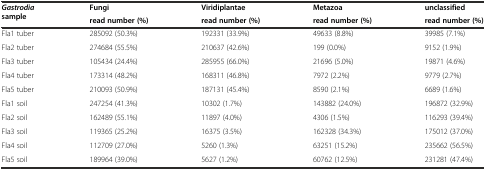
<table><thead><tr><td rowspan="2"><b><i>Gastrodia</i>sample</b></td><td><b>Fungi</b></td><td><b>Viridiplantae</b></td><td><b>Metazoa</b></td><td><b>unclassified</b></td></tr><tr><td><b>read number (%)</b></td><td><b>read number (%)</b></td><td><b>read number (%)</b></td><td><b>read number (%)</b></td></tr></thead><tbody><tr><td>Fla1 tuber</td><td>285092 (50.3%)</td><td>192331 (33.9%)</td><td>49633 (8.8%)</td><td>39985 (7.1%)</td></tr><tr><td>Fla2 tuber</td><td>274684 (55.5%)</td><td>210637 (42.6%)</td><td>199 (0.0%)</td><td>9152 (1.9%)</td></tr><tr><td>Fla3 tuber</td><td>105434 (24.4%)</td><td>285955 (66.0%)</td><td>21696 (5.0%)</td><td>19871 (4.6%)</td></tr><tr><td>Fla4 tuber</td><td>173314 (48.2%)</td><td>168311 (46.8%)</td><td>7972 (2.2%)</td><td>9779 (2.7%)</td></tr><tr><td>Fla5 tuber</td><td>210093 (50.9%)</td><td>187131 (45.4%)</td><td>8590 (2.1%)</td><td>6689 (1.6%)</td></tr><tr><td>Fla1 soil</td><td>247254 (41.3%)</td><td>10302 (1.7%)</td><td>143882 (24.0%)</td><td>196872 (32.9%)</td></tr><tr><td>Fla2 soil</td><td>162489 (55.1%)</td><td>11897 (4.0%)</td><td>4306 (1.5%)</td><td>116293 (39.4%)</td></tr><tr><td>Fla3 soil</td><td>119365 (25.2%)</td><td>16375 (3.5%)</td><td>162328 (34.3%)</td><td>175012 (37.0%)</td></tr><tr><td>Fla4 soil</td><td>112709 (27.0%)</td><td>5260 (1.3%)</td><td>63251 (15.2%)</td><td>235662 (56.5%)</td></tr><tr><td>Fla5 soil</td><td>189964 (39.0%)</td><td>5627 (1.2%)</td><td>60762 (12.5%)</td><td>231281 (47.4%)</td></tr></tbody></table>